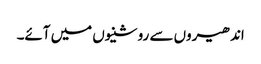
اندھیروں سے روشنیوں میں آئے۔